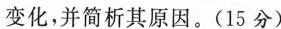
变化，并简析其原因。（15分）